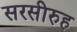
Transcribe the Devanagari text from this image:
सरसीरुह